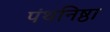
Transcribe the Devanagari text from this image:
पंथनिष्ठा